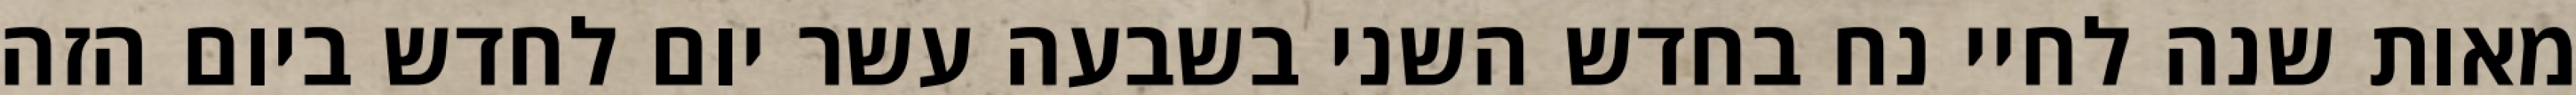
מאות שנה לחיי נח בחדש השני בשבעה עשר יום לחדש ביום הזה